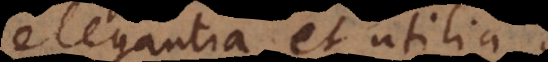
elegantia et utilia